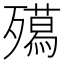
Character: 𭮦